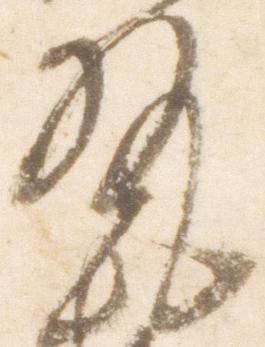
執